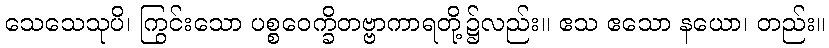
သေသေသုပိ၊ ကြွင်းသော ပစ္စဝေက္ခိတဗ္ဗာကာရတို့၌လည်း။ ဧသ ဧသော နယော၊ တည်း။